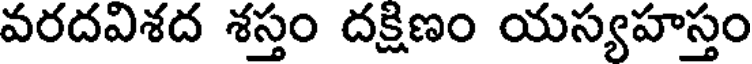
వరదవిశద శస్తం దక్షిణం యస్యహస్తం